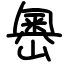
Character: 嶴